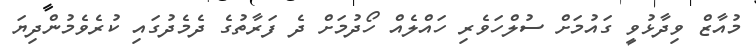
މުއާޒް ވިދާޅުވީ ގައުމަށް ސުލްހަވެރި ހައްލެއް ހޯދުމަށް ދެ ފަރާތުގެ ދެމެދުގައި ކުރެވެމުންދިޔަ